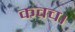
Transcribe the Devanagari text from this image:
कवच।